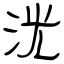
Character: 洸